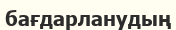
бағдарланудың